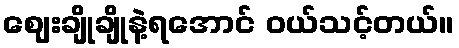
ဈေးချိုချိုနဲ့ရအောင် ဝယ်သင့်တယ်။